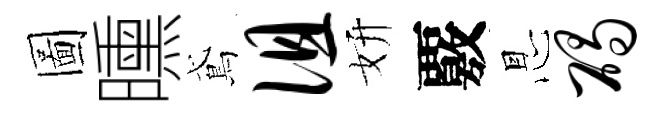
圖曛鳶徂妍覈㤙碣